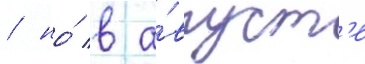
/ но́ в а́вгуст'е